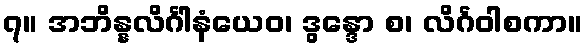
၇။ အဘိန္နလိင်္ဂါနံယေဝ၊ ဒွန္ဒော စ၊ လိင်္ဂဝါစကာ။